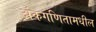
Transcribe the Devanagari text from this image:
अंकगणितामधील